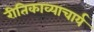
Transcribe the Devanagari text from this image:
रीतिकाव्याचार्य